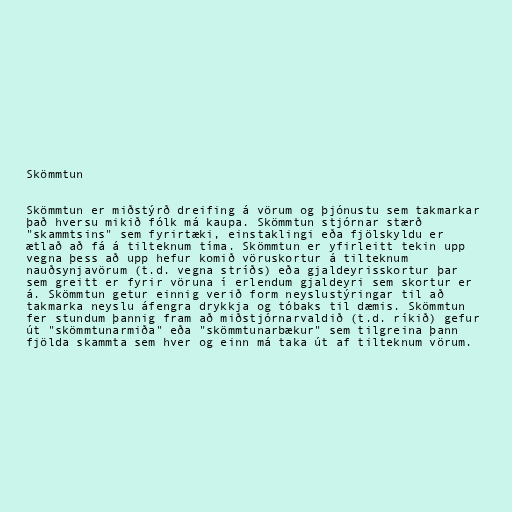
Skömmtun

Skömmtun er miðstýrð dreifing á vörum og þjónustu sem takmarkar
það hversu mikið fólk má kaupa. Skömmtun stjórnar stærð
"skammtsins" sem fyrirtæki, einstaklingi eða fjölskyldu er
ætlað að fá á tilteknum tíma. Skömmtun er yfirleitt tekin upp
vegna þess að upp hefur komið vöruskortur á tilteknum
nauðsynjavörum (t.d. vegna stríðs) eða gjaldeyrisskortur þar
sem greitt er fyrir vöruna í erlendum gjaldeyri sem skortur er
á. Skömmtun getur einnig verið form neyslustýringar til að
takmarka neyslu áfengra drykkja og tóbaks til dæmis. Skömmtun
fer stundum þannig fram að miðstjórnarvaldið (t.d. ríkið) gefur
út "skömmtunarmiða" eða "skömmtunarbækur" sem tilgreina þann
fjölda skammta sem hver og einn má taka út af tilteknum vörum.